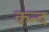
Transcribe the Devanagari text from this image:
कन्‍द